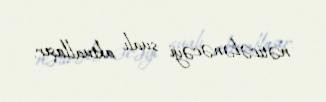
nəticələnəcəyi sualı aktuallaşır.